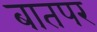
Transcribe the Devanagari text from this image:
बातपर